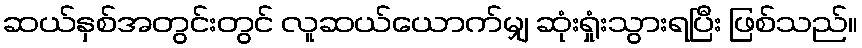
ဆယ်နှစ်အတွင်းတွင် လူဆယ်ယောက်မျှ ဆုံးရှုံးသွားရပြီး ဖြစ်သည်။